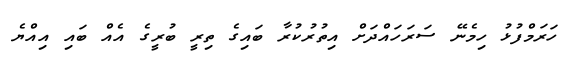
ހަރަމްފުޅު ހިމެނޭ ސަރަހައްދަށް އިތުރުކުރާ ބައިގެ ތިރީ ބުރީގެ އެއް ބައި އިއްޔެ